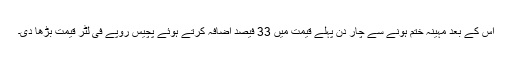
اس کے بعد مہینہ ختم ہونے سے چار دن پہلے قیمت میں 33 فیصد اضافہ کرتے ہوئے پچیس روپے فی لٹر قیمت بڑھا دی۔